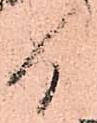
日